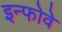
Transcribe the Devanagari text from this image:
इन्फोवे